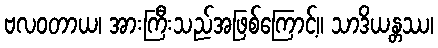
ဗလဝတာယ၊ အားကြီးသည်အဖြစ်ကြောင့်။ သာဒိယန္တဿ၊